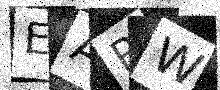
Text: EARW